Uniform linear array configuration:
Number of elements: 24
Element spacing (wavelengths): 0.75
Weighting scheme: uniform
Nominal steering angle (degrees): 30
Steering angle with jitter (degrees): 31.231
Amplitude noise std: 0.05
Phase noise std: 0.05

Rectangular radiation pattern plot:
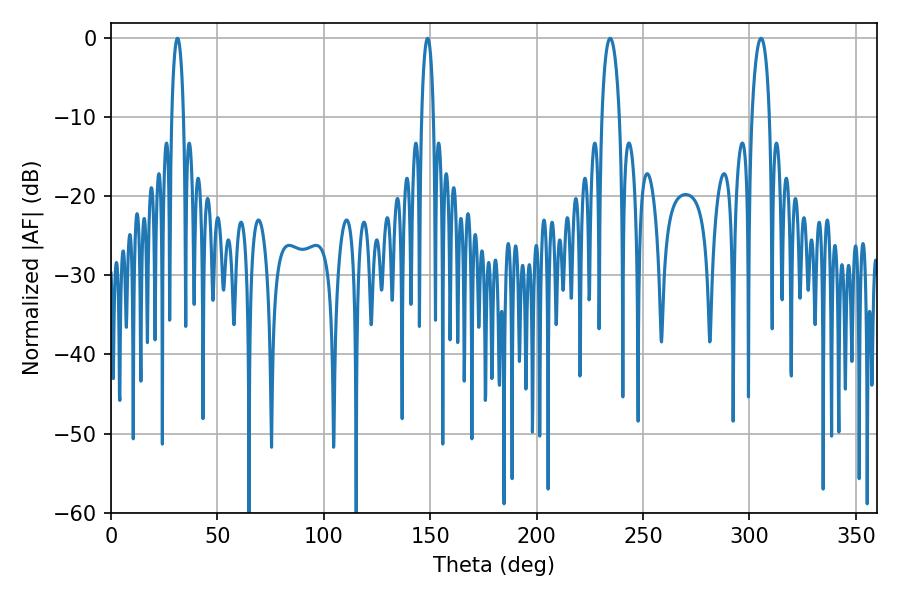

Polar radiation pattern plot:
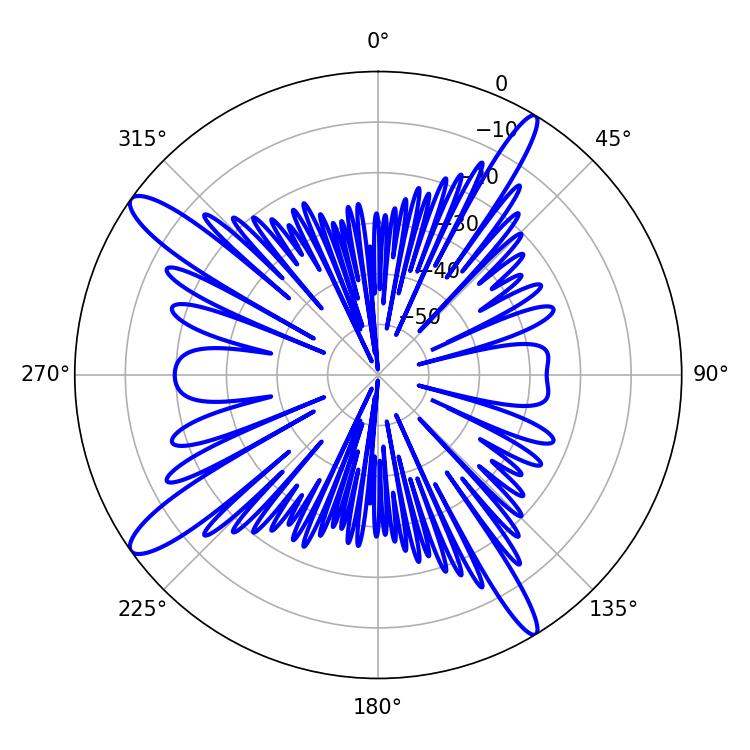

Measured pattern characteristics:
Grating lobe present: TRUE
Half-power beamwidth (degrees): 4.68
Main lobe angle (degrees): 234.54